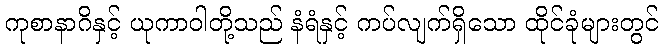
ကုစာနာဂိနှင့် ယုကာဝါတို့သည် နံရံနှင့် ကပ်လျက်ရှိသော ထိုင်ခုံများတွင်